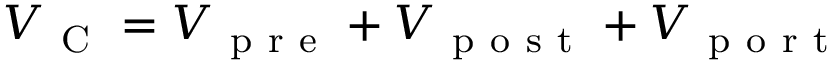
V _ { \mathrm { ~ C ~ } } = V _ { \mathrm { ~ p ~ r ~ e ~ } } + V _ { \mathrm { ~ p ~ o ~ s ~ t ~ } } + V _ { \mathrm { ~ p ~ o ~ r ~ t ~ } }